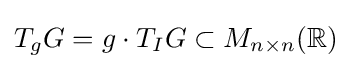
T_{g}G=g\cdot T_{I}G\subset M_{n\times n}(\mathbb {R} )